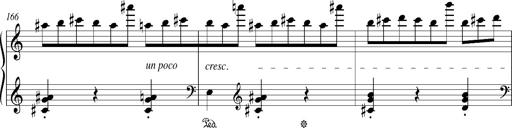
Title: Bagatelle sans tonalitÃ©
Composer: Franz Liszt